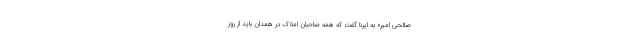
صالحی امیر» به ایرنا گفت که همه صاحبان املاک در همدان باید از روز